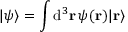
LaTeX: | \psi \rangle = \int \mathrm { d } ^ { 3 } \mathbf { r } \, \psi ( \mathbf { r } ) | \mathbf { r } \rangle